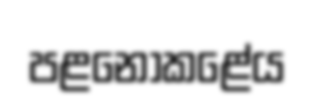
පළනොකළේය